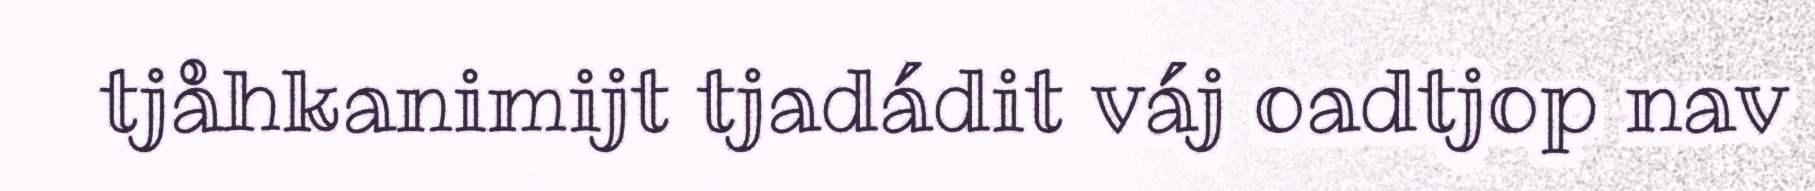
tjåhkanimijt tjadádit váj oadtjop nav